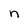
Character: n